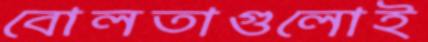
বোলতাগুলোই